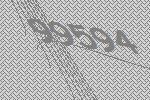
99594